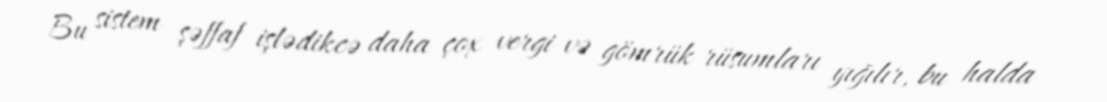
Bu sistem şəffaf işlədikcə daha çox vergi və gömrük rüsumları yığılır, bu halda